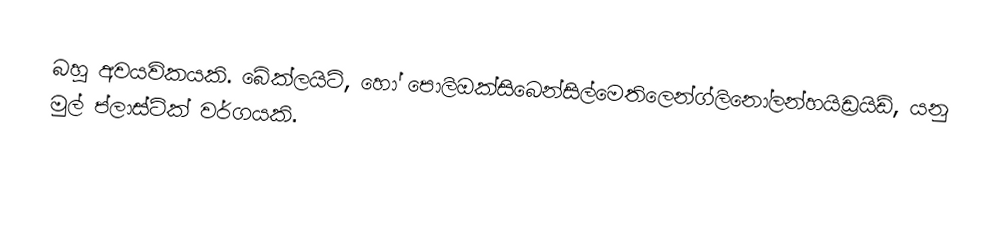
බහු අවයවිකයකි. බේක්ලයිට්, හෝ පොලිඔක්සිබෙන්සිල්මෙතිලෙන්ග්ලිනෝලන්හයිඩ්‍රයිඩ්, යනු මුල් ප්ලාස්ටික් වර්ගයකි.